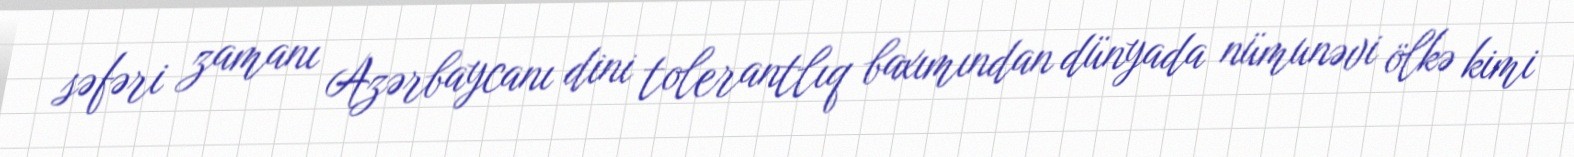
səfəri zamanı Azərbaycanı dini tolerantlıq baxımından dünyada nümunəvi ölkə kimi